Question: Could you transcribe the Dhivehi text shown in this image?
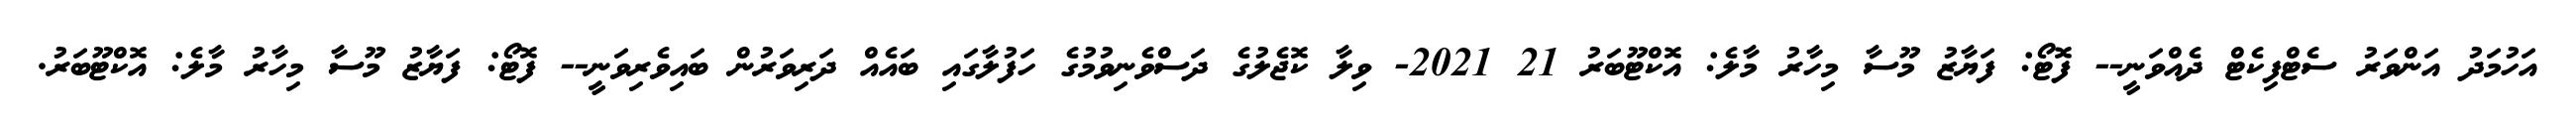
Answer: އަހުމަދު އަންވަރު ސެޓްފިކެޓް ދެއްވަނީ-- ފޮޓޯ: ފަޔާޒު މޫސާ މިހާރު މާލެ: އޮކްޓޫބަރު 21 2021- ވިލާ ކޮޖެލުގެ ދަސްވެނިވުމުގެ ހަފުލާގައި ބައެއް ދަރިވަރުން ބައިވެރިވަނީ-- ފޮޓޯ: ފަޔާޒު މޫސާ މިހާރު މާލެ: އޮކްޓޫބަރު.